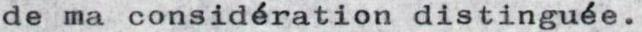
de ma considération distinguée.